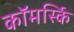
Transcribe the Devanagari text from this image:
कॉमर्स्कि